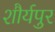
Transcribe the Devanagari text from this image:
शौर्यपुर